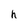
Character: h